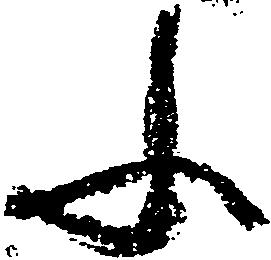
ふ